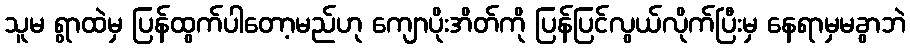
သူမ ရွာထဲမှ ပြန်ထွက်ပါတော့မည်ဟု ကျောပိုးအိတ်ကို ပြန်ပြင်လွယ်လိုက်ပြီးမှ နေရာမှမခွာဘဲ